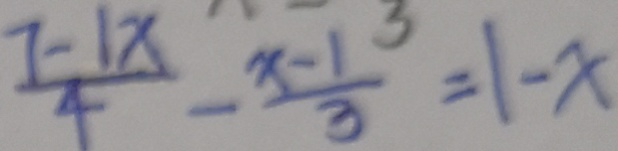
\frac { 7 - 1 x } { 4 } - \frac { x - 1 } { 3 } = 1 - x